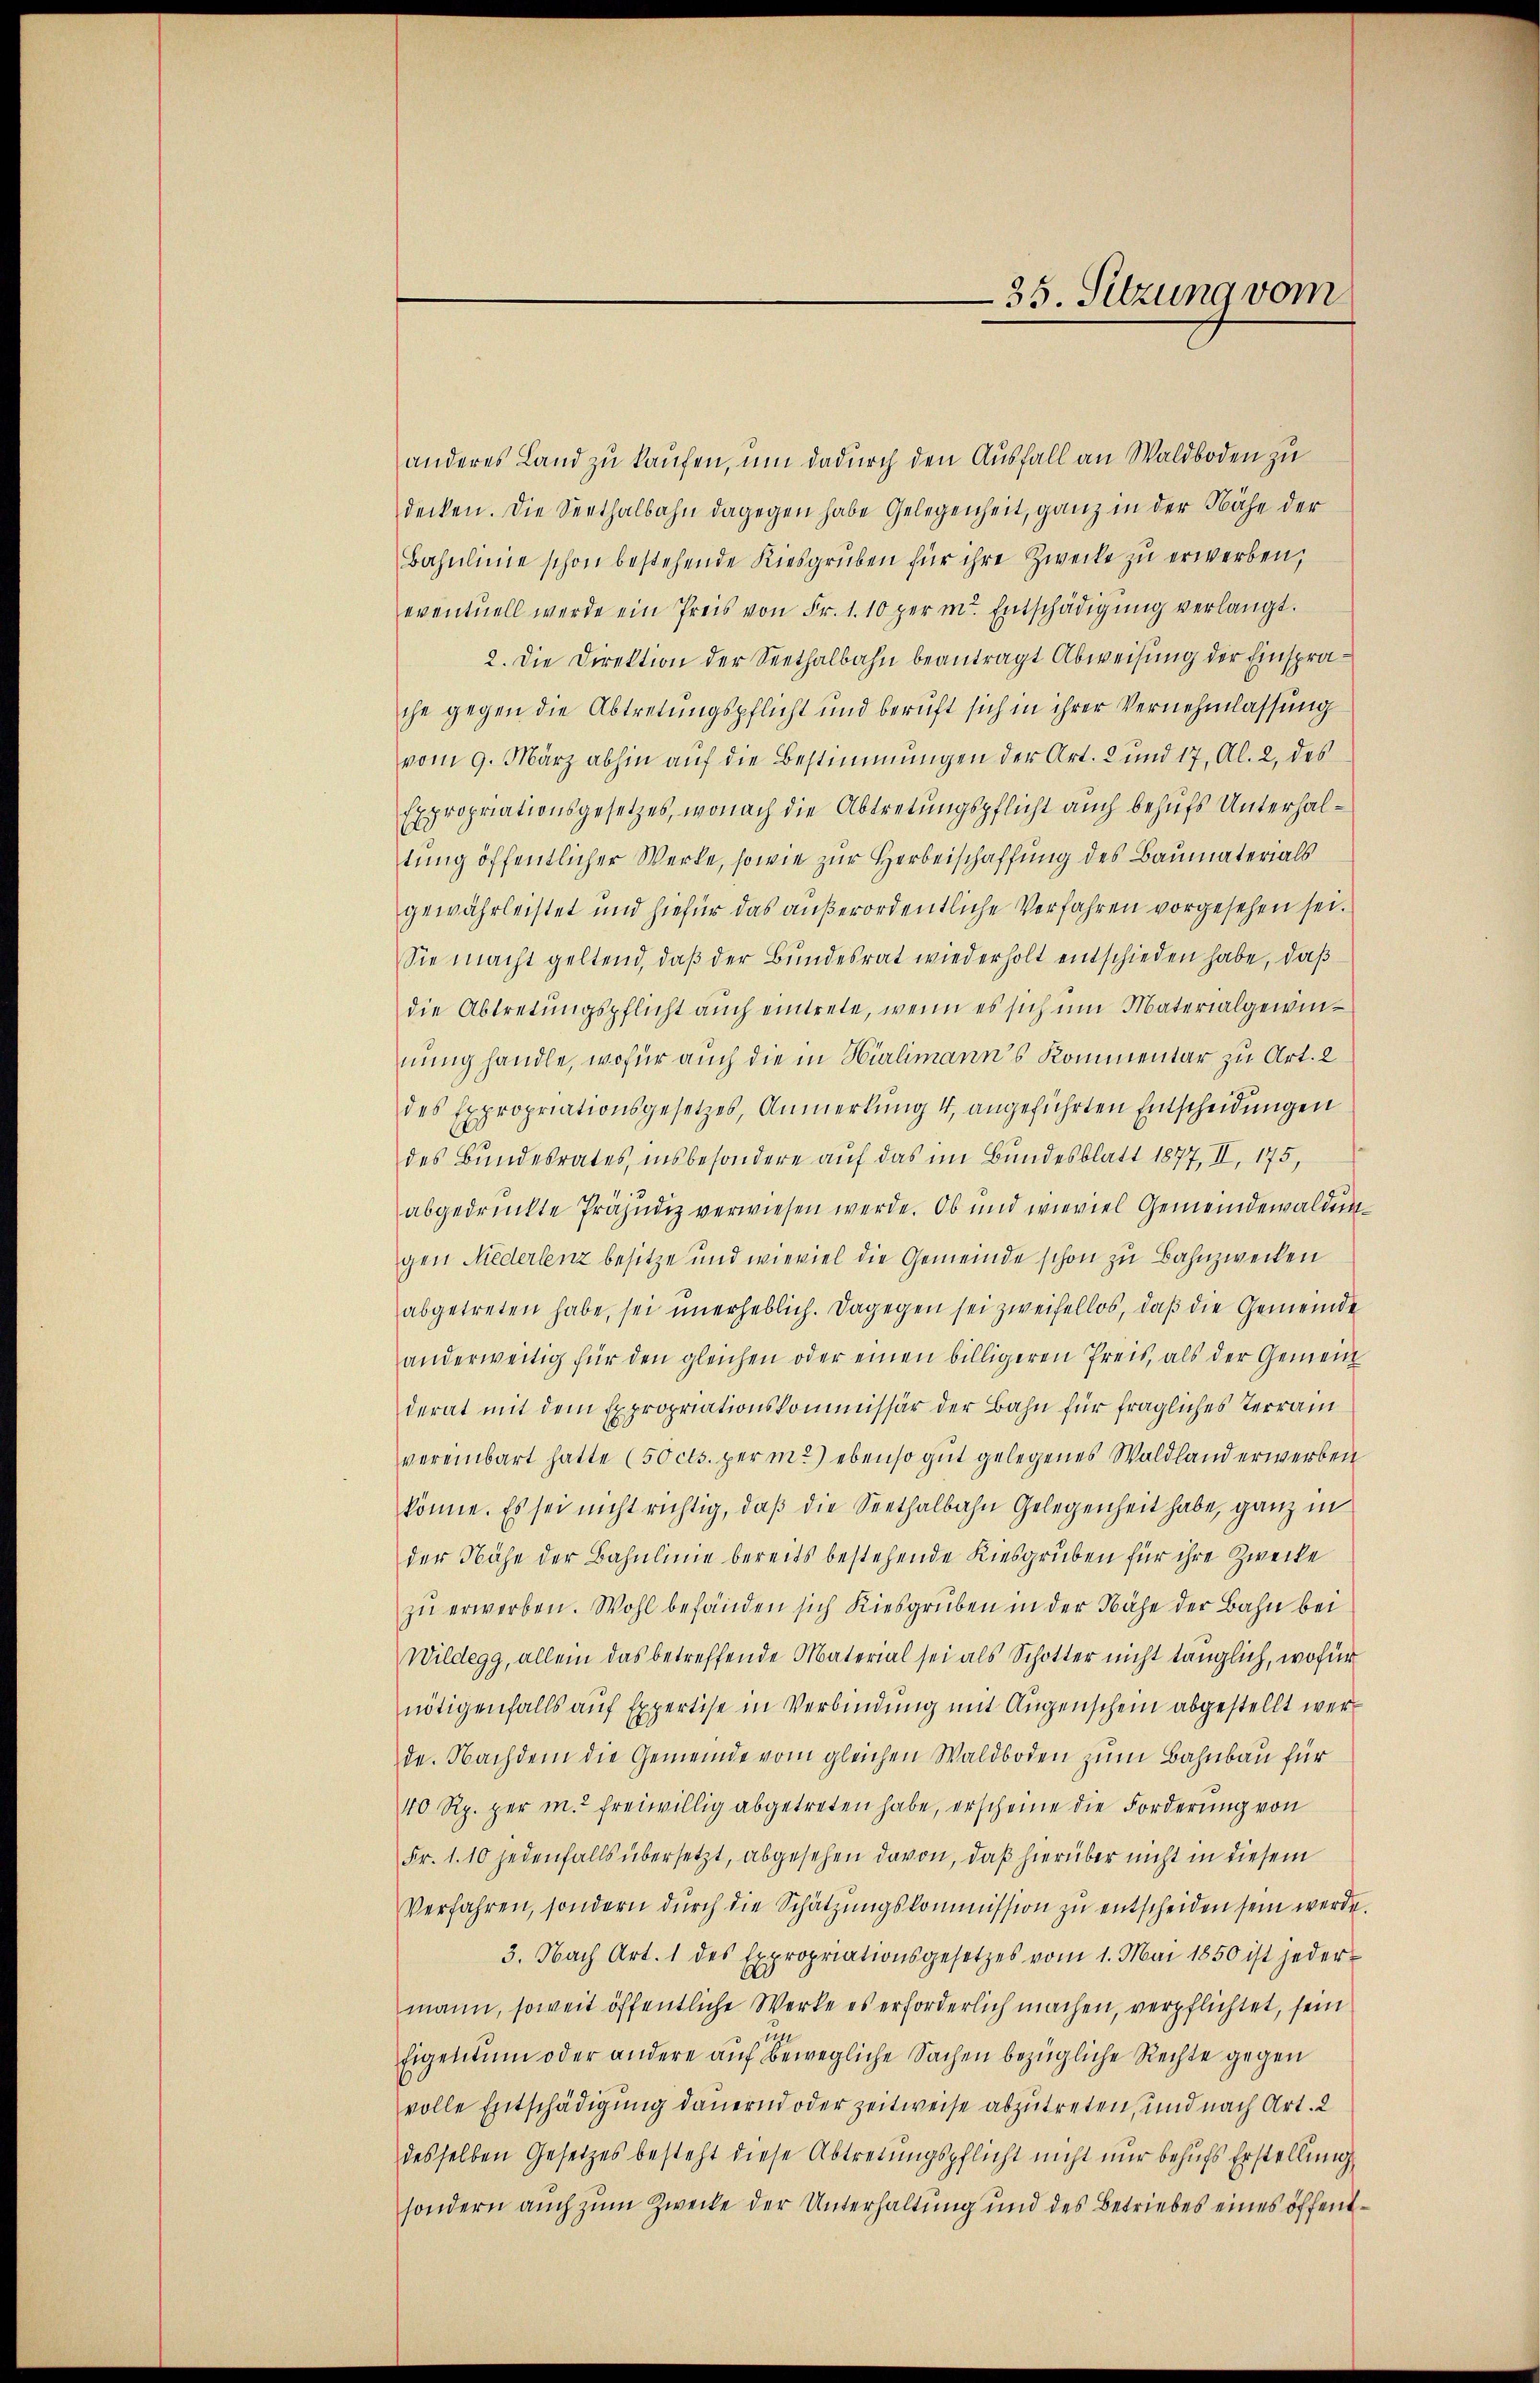
—25. Sitzung vom

anderes Land zu kaufen, um dadurch den Ausfall an Waldboden zu
decken. Die Seethalbahn dagegen habe Gelegenheit, ganz in der Nähe der
Bahnlinie schon bestehende Kiesgrŭben für ihre Zwecke zŭ erwerben,
eventuell werde ein Preis von Fr. 1. 10 per m. Entschädigung verlangt.
2. Die Direktion der Seethalbahn beantragt Abweisung der Einsprache gegen die Abtretungspflicht und beruft sich in ihrer Vernehmlassung
vom 9. März abhin auf die Bestimmungen der Art. 2 und 17, Al. 2, des
Expropriationsgesetzes, wonach die Abtretungspflicht auch behufs Unterhaltung öffentlicher Werke, sowie zur Herbeischaffung des Baumaterials
gewährleistet und hiefür das außerordentliche Verfahren vorgesehen sei.
Sie macht geltend, daβ der Bundesrat wiederholt entschieden habe, daß
die Abtretungspflicht auch eintrete, wenn es sich um Materialgewinnung handle, wofür auch die in Hürlimanns Kommentar zu Art. 2
des Expropriationsgesetzes, Anmerkŭng 4 angeführten Entscheidungen
des Bundesrates, insbesondere auf das im Bundesblatt 1877, II, 175,
abgedrückte Präjudiz verwiesen werde. Ob und wieviel Gemeindewaldungen Niederlenz besitze und wieviel die Gemeinde schon zu Bahnzwecken
abgetreten habe, sei unerheblich. Dagegen sei zweifellos, daß die Gemeinde
anderweitig für den gleichen oder einen billigeren Preis, als der Gemein-
derat mit dem Expropriationskommissär der Bahn für fragliches Terrain
vereinbart hatte (50 cts. per m2) ebenso gut gelegenes Waldland erwerben
könne. Es sei nicht richtig, daβ die Seethalbahn Gelegenheit habe, ganz in
der Nähe der Bahnlinie bereits bestehende Kiesgruben für ihre Zwecke
zŭ erwerben. Wohl befänden sich Kiesgruben in der Nähe der Bahn bei
Wildegg, allein das betreffende Material sei als Schotter nicht länglich, wofür
nötigenfalls auf Expertise in Verbindung mit Augenschein abgestellt werde. Nachdem die Gemeinde vom gleichen Waldboden zum Bahnbau für
40 Rp. per m.2 freiwillig abgetreten habe, erscheine die Forderung von
Fr. 1. 10 jedenfalls übersetzt, abgesehen davon, daß hierüber nicht in diesem
Verfahren, sondern dŭrch die Schätzŭngskommission zŭ entscheiden sein werde.
3. Nach Art. 1 des Expropriationsgesetzes vom 1. Mai 1850 ist jeder
mann, soweit öffentliche Werke es erforderlich machen, verpflichtet, sein
Eigentum oder andere auf bewegliche Sachen bezügliche Rechte gegen
volle Entschädigung dauernd oder zeitweise abzutreten, und nach Art. 2
desselben Gesetzes besteht diese Abtretungspflicht nicht nur behufs Erstellung,
sondern auch zum Zwecke der Unterhaltung und des Betriebes eines öffent¬